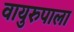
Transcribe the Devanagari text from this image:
वायुरुपाला